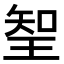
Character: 𭹖